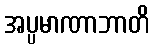
အပ္ပမာဏာဘာတိ